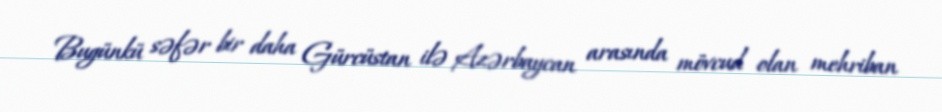
Bugünkü səfər bir daha Gürcüstan ilə Azərbaycan arasında mövcud olan mehriban